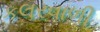
કલરવાળી